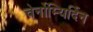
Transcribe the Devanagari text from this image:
चेर्नोम्यिर्दिन